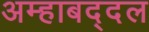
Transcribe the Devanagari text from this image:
अम्हाबद्दल